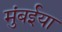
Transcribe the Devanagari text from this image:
मुंबईया